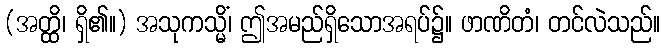
(အတ္ထိ၊ ရှိ၏။) အသုကသ္မိံ၊ ဤအမည်ရှိသောအရပ်၌။ ဖာဏိတံ၊ တင်လဲသည်။